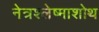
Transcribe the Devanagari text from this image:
नेत्रश्लेष्माशोथ